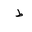
Letter: _da